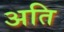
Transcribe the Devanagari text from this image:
अति